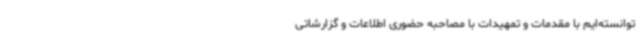
توانسته‌ایم با مقدمات و تمهیدات با مصاحبه حضوری اطلاعات و گزارشاتی